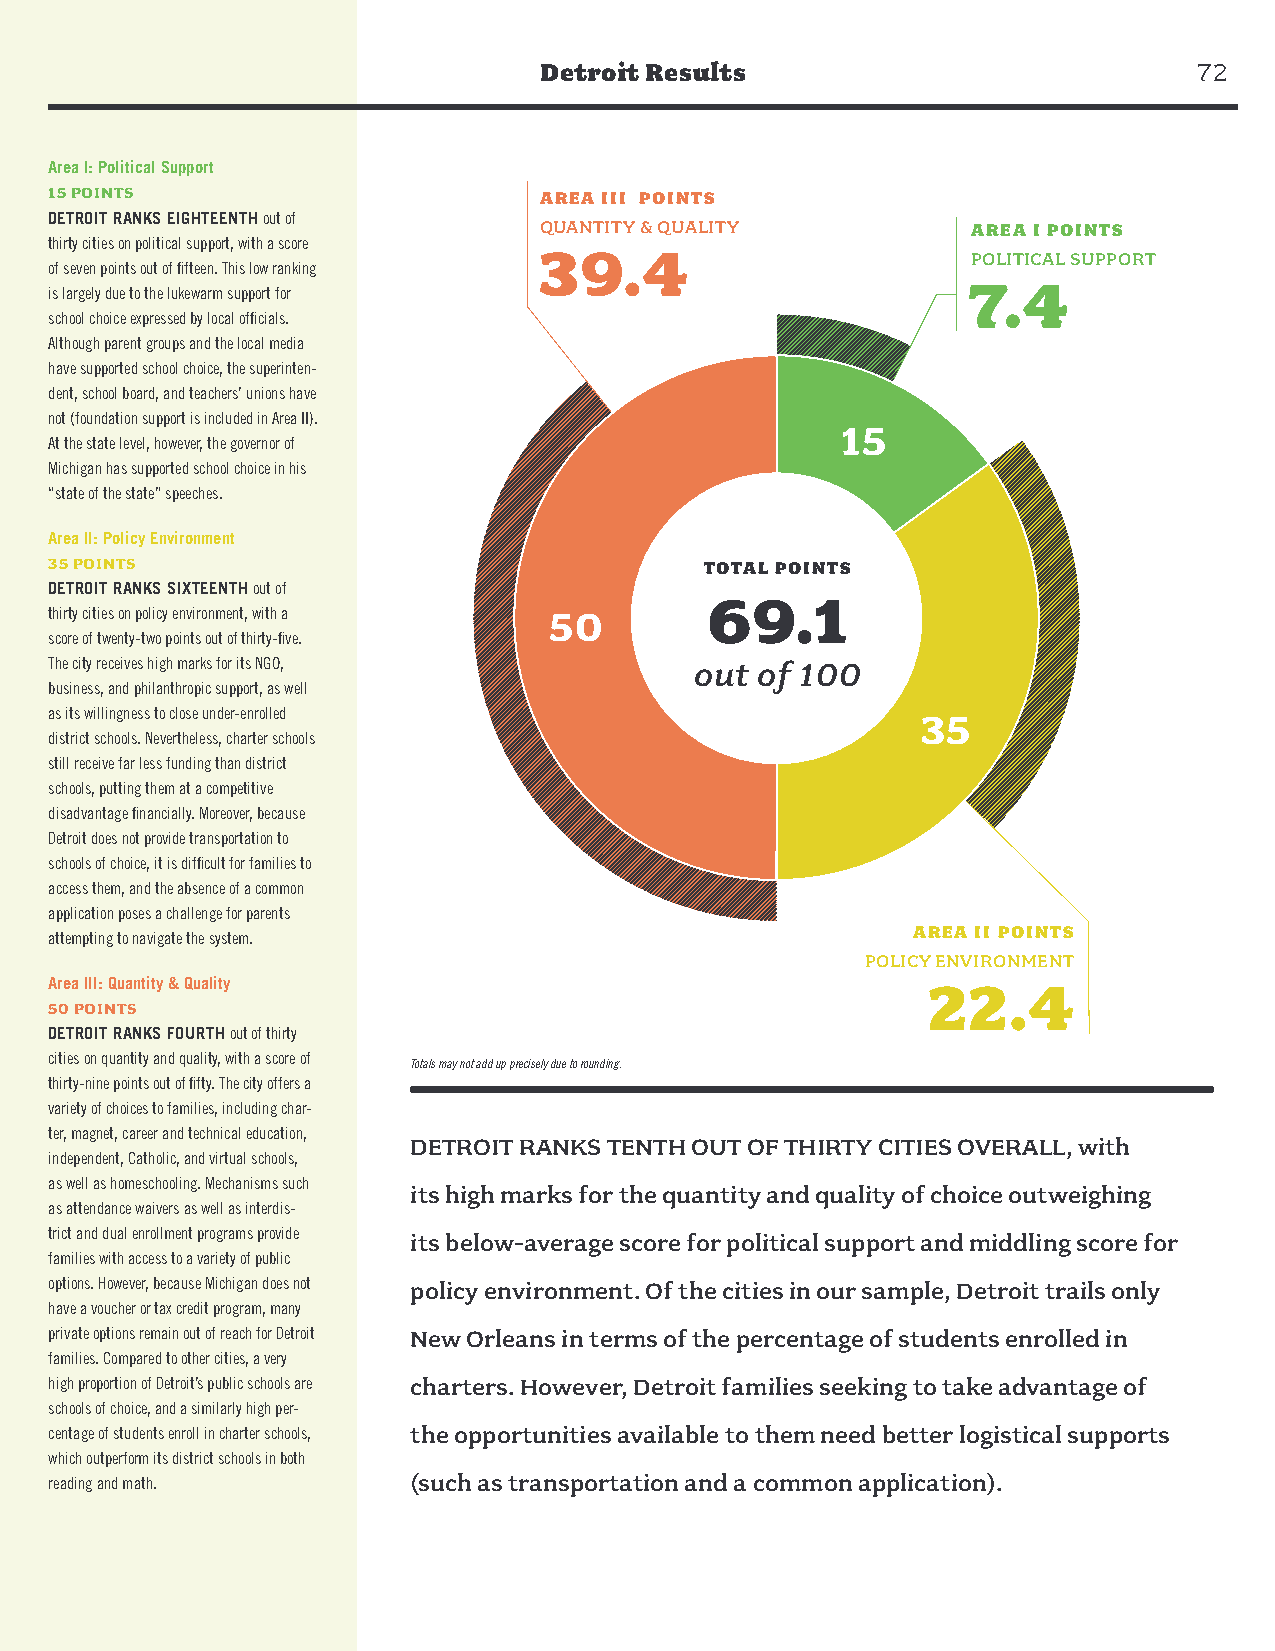
Detroit Results                            72
 Area I: Political Support
 15 POINTS                        AREA III POINTS
 DETROIT RANKS EIGHTEENTH out of
 QUANTITY & QUALITY          AREA I POINTS
 thirty cities on political support, with a score
 39.4
 POLITICAL SUPPORT
 of seven points out of fifteen. This low ranking
 7.4
 is largely due to the lukewarm support for
 school choice expressed by local officials.
 Although parent groups and the local media
 have supported school choice, the superinten-
 dent, school board, and teachers’ unions have
 not (foundation support is included in Area II).
 15
 At the state level, however, the governor of
 Michigan has supported school choice in his
 “state of the state” speeches.
 Area II: Policy Environment
 35 POINTS                                   TOTAL POINTS
 DETROIT RANKS SIXTEENTH out of
 69.1
 thirty cities on policy environment, with a 50
 score of twenty-two points out of thirty-five.
 The city receives high marks for its NGO,  out of 100
 business, and philanthropic support, as well
 as its willingness to close under-enrolled                35
 district schools. Nevertheless, charter schools
 still receive far less funding than district
 schools, putting them at a competitive
 disadvantage financially. Moreover, because
 Detroit does not provide transportation to
 schools of choice, it is difficult for families to
 access them, and the absence of a common
 application poses a challenge for parents
 AREA II POINTS
 attempting to navigate the system.
 POLICY ENVIRONMENT
 Area III: Quantity & Quality                              22.4
 50 POINTS
 DETROIT RANKS FOURTH out of thirty
 cities on quantity and quality, with a score of
 Totals may not add up precisely due to rounding.
 thirty-nine points out of fifty. The city offers a
 variety of choices to families, including char-
 ter, magnet, career and technical education,
 DETROIT RANKS TENTH OUT OF THIRTY CITIES OVERALL, with
 independent, Catholic, and virtual schools,
 as well as homeschooling. Mechanisms such
 its high marks for the quantity and quality of choice outweighing
 as attendance waivers as well as interdis-
 trict and dual enrollment programs provide its below-average score for political support and middling score for
 families with access to a variety of public
 options. However, because Michigan does not policy environment. Of the cities in our sample, Detroit trails only
 have a voucher or tax credit program, many
 private options remain out of reach for Detroit New Orleans in terms of the percentage of students enrolled in
 families. Compared to other cities, a very
 high proportion of Detroit’s public schools are charters. However, Detroit families seeking to take advantage of
 schools of choice, and a similarly high per-
 centage of students enroll in charter schools, the opportunities available to them need better logistical supports
 which outperform its district schools in both
 reading and math.       (such as transportation and a common application).